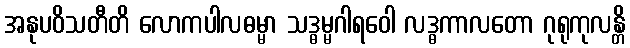
အနုပဝိသတီတိ လောကပါလဓမ္မာ သဒ္ဓမ္မဂါရဝေါ လဒ္ဓကာလတော ဂုရုကုလန္တိ